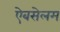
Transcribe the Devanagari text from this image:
ऐबसेलम